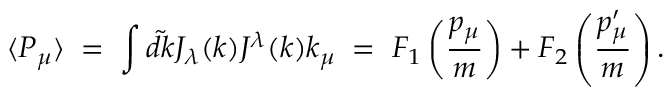
\langle P _ { \mu } \rangle \; = \; \int \tilde { d k } J _ { \lambda } ( k ) J ^ { \lambda } ( k ) k _ { \mu } \; = \; F _ { 1 } \left( { \frac { p _ { \mu } } { m } } \right) + F _ { 2 } \left( { \frac { p _ { \mu } ^ { \prime } } { m } } \right) .